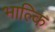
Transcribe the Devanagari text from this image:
भाल्कि